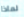
لماذا